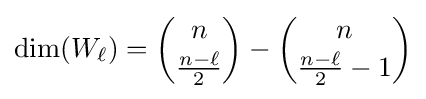
\dim(W_{\ell })={\binom {n}{\frac {n-\ell }{2}}}-{\binom {n}{{\frac {n-\ell }{2}}-1}}